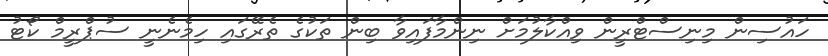
ހައުސިން މިނިސްޓްރީން ވިއްކާލުމަށް ނިންމާފައިވާ ބިން ތަކުގެ ތެރޭގައި ހިމެނެނީ ސުޕްރީމް ކޯޓު